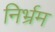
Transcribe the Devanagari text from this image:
निर्भ्रम